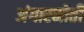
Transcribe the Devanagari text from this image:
अंगारमोती